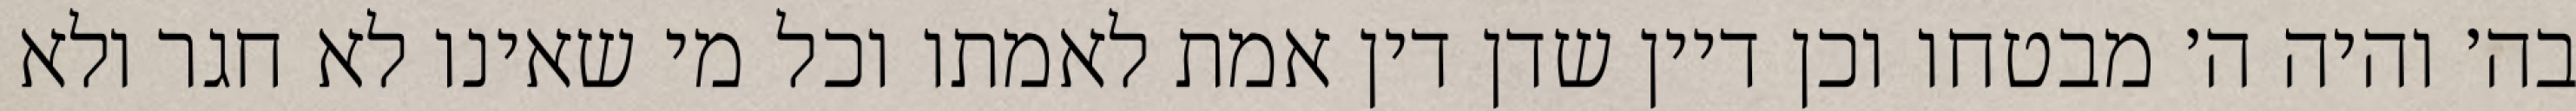
בה׳ והיה ה׳ מבטחו וכן דיין שדן דין אמת לאמתו וכל מי שאינו לא חגר ולא